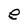
Character: e